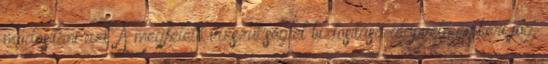
módosítani azt. A megfelelő vízszükséglet biztosítása alapvető emberi jog.